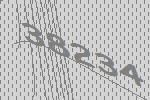
38234